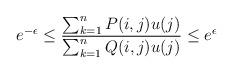
LaTeX: \begin{align*}e^{-\epsilon}\leq \frac{\sum_{k=1}^n P(i,j)u(j)}{\sum_{k=1}^n Q(i,j)u(j)}\leq e^{\epsilon}\end{align*}